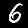
Digit: 6